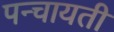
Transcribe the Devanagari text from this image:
पन्चायती